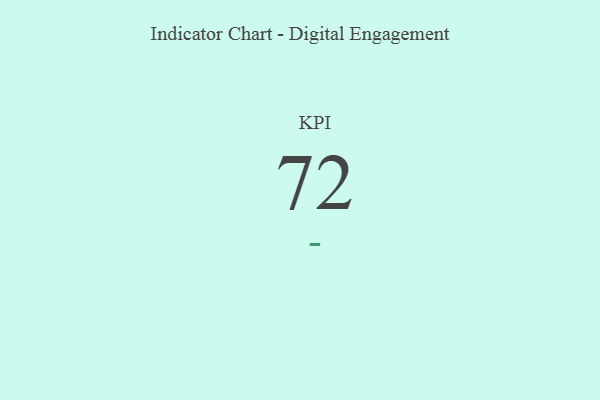
{"axis": {"x": "KPI", "y": "Value"}, "legend": [""], "data": [{"x": "KPI", "y": 72, "type": ""}]}